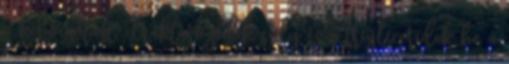
a kibocsátást, elraktározódik súly és a trigliceridek be a